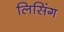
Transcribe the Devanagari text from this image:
लिसिंग